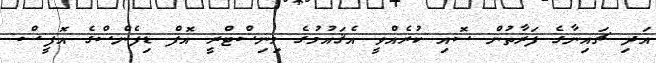
އަދި ޗައިނާގެ ފަރާތުން ސޮއި ކުރެއްވީ އެޤައުމުގެ މިނިސްޓްރީ އޮފް ޑިފެންސްގެ އޮފީސް